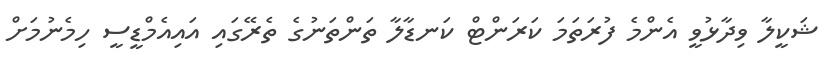
ޝަކީލާ ވިދާޅުވީ އެންމެ ފުރަތަމަ ކަރަންޓް ކަނޑާލާ ތަންތަނުގެ ތެރޭގައި އައިއެމްޑީސީ ހިމެނުމަށް